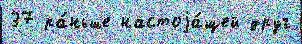
37 ра́ньше настоjа́щей друг